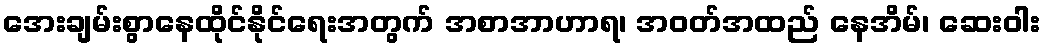
အေးချမ်းစွာနေထိုင်နိုင်ရေးအတွက် အစာအာဟာရ၊ အဝတ်အထည် နေအိမ်၊ ဆေးဝါး